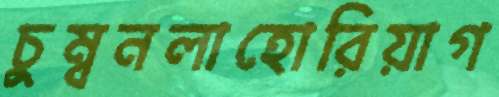
চুম্বনলাহোরিয়াগ